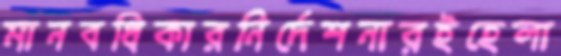
মানবধিকারনির্দেশনারইহেলা